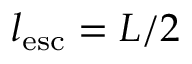
l _ { \mathrm { e s c } } = L / 2